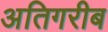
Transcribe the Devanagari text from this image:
अतिगरीब